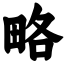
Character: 略